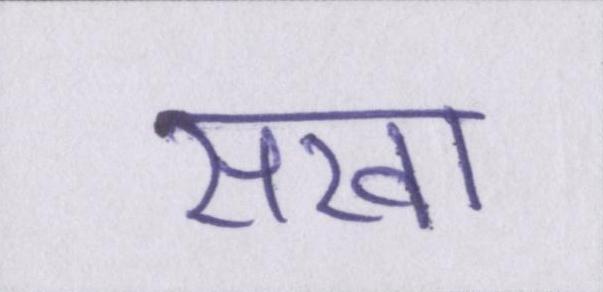
सखा